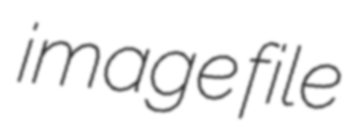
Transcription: image file